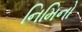
નિમિનો